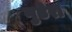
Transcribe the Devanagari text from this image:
गुडेरा